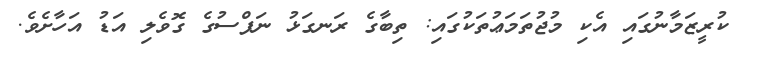
ކުރީޒަމާނުގައި އެކި މުޖުތަމަޢުތަކުގައި: ތިބާގެ ރަނގަޅު ނަފްސުގެ ގޮވެލި އަޑު އަހާށެވެ.